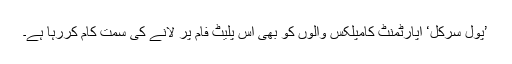
’پول سرکل‘ اپارٹمنٹ کامپلکس والوں کو بھی اس پلیٹ فام پر لانے کی سمت کام کررہا ہے۔